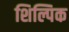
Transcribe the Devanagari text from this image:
शिल्पिक